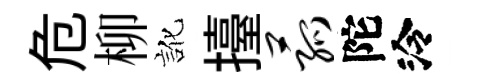
危柳訛擡菰陀泠